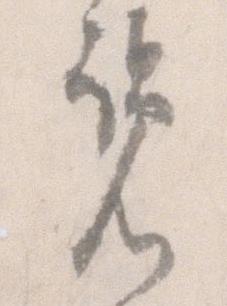
覧